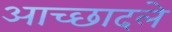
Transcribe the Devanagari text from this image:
आच्छादले